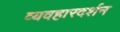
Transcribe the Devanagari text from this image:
व्यवहारदर्शन